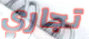
تجاري